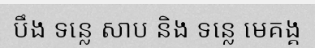
បឹង ទន្លេ សាប និង ទន្លេ មេគង្គ